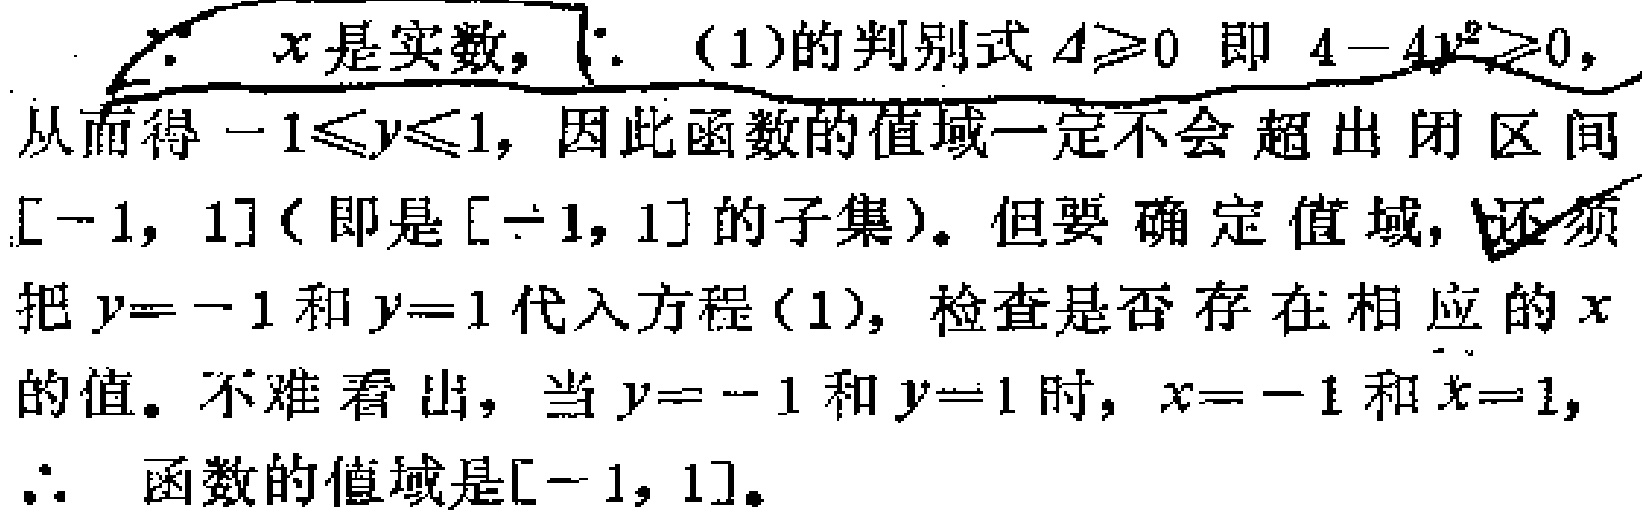
$\because x\text{是实数，}\therefore(1)\text{的判别式}\Delta\geqslant0\text{ 即 }4 - 4y^{2}\geqslant0,$
从而得$-1\leqslant y\leqslant1,\text{因此函数的值域一定不会超出闭区间}$
$[-1,1](\text{即是}[-1,1]\text{的子集})。\text{但要确定值域，还须}$
$把y = - 1\text{和}y = 1\text{代入方程}(1),\text{检查是否存在相应的}x$
$\text{的值。不难看出，当}y = - 1\text{和}y = 1\text{时，}x = - 1\text{和}x = 1,$
$\therefore\text{ 函数的值域是}[-1,1]。$